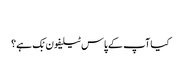
‬
‫کیا آپ کے پاس ٹیلیفون بْک ہے؟